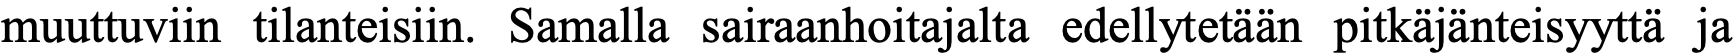
muuttuviin tilanteisiin. Samalla sairaanhoitajalta edellytetään pitkäjänteisyyttä ja